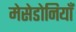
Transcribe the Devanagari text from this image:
मेसेडोनियाँ